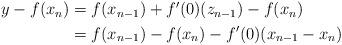
LaTeX: \begin{align*}\begin{aligned}y - f(x_n) &= f(x_{n-1}) + f'(0)(z_{n-1}) - f(x_n) \\&= f(x_{n-1}) - f(x_n) - f'(0)(x_{n-1} - x_n)\end{aligned}\end{align*}